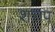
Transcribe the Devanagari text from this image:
शत्तप